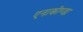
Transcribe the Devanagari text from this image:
एनाकोण्डा